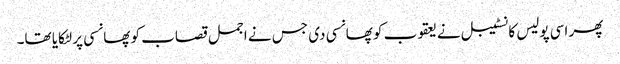
پھر اسی پولیس کانسٹیبل نے یعقوب کو پھانسی دی جس نے اجمل قصاب کو پھانسی پر لٹکایا تھا۔